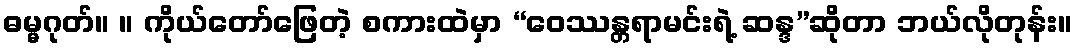
ဓမ္မဂုတ်။ ။ ကိုယ်တော်ဖြေတဲ့ စကားထဲမှာ “ဝေဿန္တရာမင်းရဲ့ ဆန္ဒ”ဆိုတာ ဘယ်လိုတုန်း။